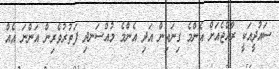
ސައުދީއަކީ ރާއްޖެއަށް އެންމެ ގިނައިން އަދި އެންމެ މުއްސަނދި ފަތުރުވެރިން އަންނަ އެއް